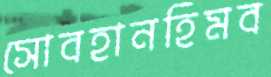
সোবহানহিমব